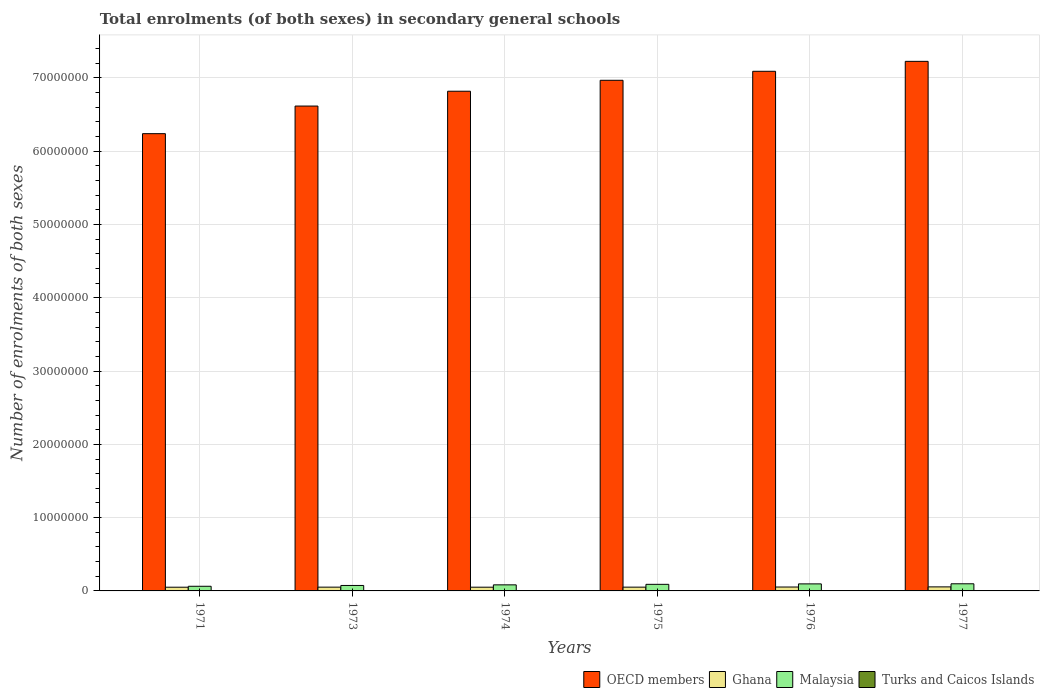
| Years | OECD members | Ghana | Malaysia | Turks and Caicos Islands |
 | --- | --- | --- | --- | --- |
 | 1971 | 6.24e+07 | 5.06e+05 | 6.35e+05 | 227 |
 | 1973 | 6.62e+07 | 5.16e+05 | 7.45e+05 | 354 |
 | 1974 | 6.82e+07 | 5.09e+05 | 8.29e+05 | 467 |
 | 1975 | 6.97e+07 | 5.14e+05 | 9e+05 | 639 |
 | 1976 | 7.09e+07 | 5.33e+05 | 9.61e+05 | 671 |
 | 1977 | 7.23e+07 | 5.52e+05 | 9.74e+05 | 671 |